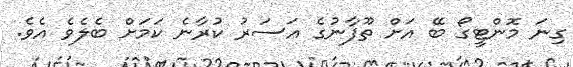
ގިނަ މޮންޓީގޯ ބޭ އަށް ތޫފާނުގެ އަސަރު ކުރާނެ ކަމަށް ބެލެވެ އެވެ.